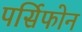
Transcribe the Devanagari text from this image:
पर्सिफोन